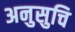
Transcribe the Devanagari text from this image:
अनुसुचि